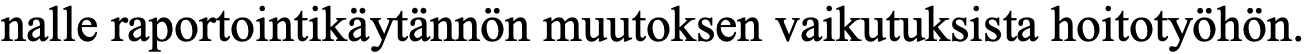
nalle raportointikäytännön muutoksen vaikutuksista hoitotyöhön.